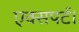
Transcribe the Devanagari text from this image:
एक्सपर्ट।